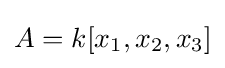
A=k[x_{1},x_{2},x_{3}]